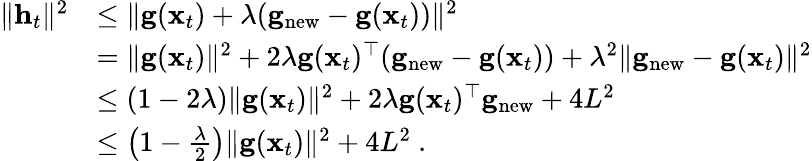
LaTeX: \begin{array}{rl}{\| {\mathbf h_{t}}\| ^{2}}&{\leq\| {\mathbf g(\mathbf x_{t})+\lambda(\mathbf g_{\textnormal{new}}-\mathbf g(\mathbf x_{t}))}\| ^{2}}\\ &{=\| \mathbf g(\mathbf x_{t})\| ^{2}+2\lambda\mathbf g(\mathbf x_{t})^{\top}(\mathbf g_{\textnormal{new}}-\mathbf g(\mathbf x_{t}))+\lambda^{2}\| \mathbf g_{\textnormal{new}}-\mathbf g(\mathbf x_{t})\| ^{2}}\\ &{\leq\left(1-2\lambda\right)\| \mathbf g(\mathbf x_{t})\| ^{2}+2\lambda\mathbf g(\mathbf x_{t})^{\top}\mathbf g_{\textnormal{new}}+4L^{2}}\\ &{\leq\left(1-\frac{\lambda}{2}\right)\| \mathbf g(\mathbf x_{t})\| ^{2}+4L^{2}~.}\end{array}